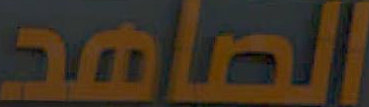
الصامد